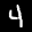
Label: 4